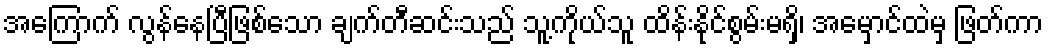
အကြောက် လွန်နေပြီဖြစ်သော ချက်တီဆင်းသည် သူ့ကိုယ်သူ ထိန်းနိုင်စွမ်းမရှိ၊ အမှောင်ထဲမှ ဖြတ်ကာ